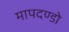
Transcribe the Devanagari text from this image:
मापदण्डो